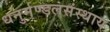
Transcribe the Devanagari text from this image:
धनुर्मण्डलसंस्थाय